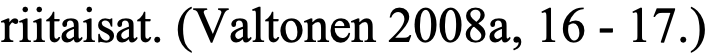
riitaisat. (Valtonen 2008a, 16 - 17.)